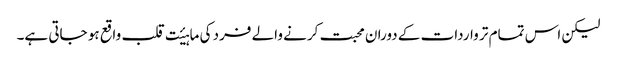
لیکن اس تمام تر واردات کے دوران محبت کرنے والے فرد کی ماہیٔت قلب واقع ہو جاتی ہے۔